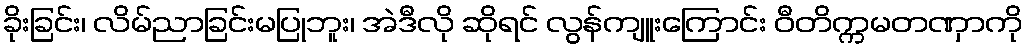
ခိုးခြင်း၊ လိမ်ညာခြင်းမပြုဘူး၊ အဲဒီလို ဆိုရင် လွန်ကျူးကြောင်း ဝီတိက္ကမတဏှာကို